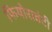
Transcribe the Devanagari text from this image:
फियोरावंटी